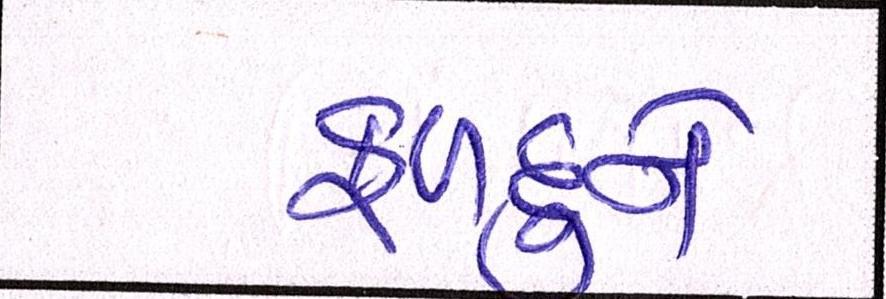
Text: ફળદુને